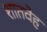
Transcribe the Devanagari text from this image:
शातवेह